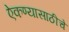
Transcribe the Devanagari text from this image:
ऐकण्यासाठीचे